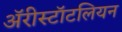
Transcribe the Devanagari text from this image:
ॲरीस्टॉटलियन